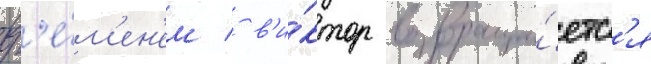
вр'е́м'ен'ем / в'и́ктор возвраща́етс'я